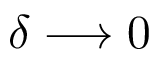
\delta \longrightarrow 0